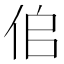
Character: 𠈆